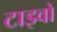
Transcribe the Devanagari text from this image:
टाइवो